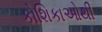
કોશિકાઓથી